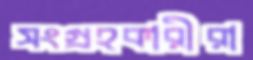
সংগ্রহকারীরা